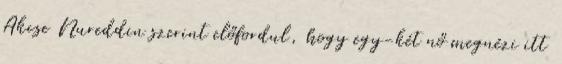
Akcse Nureddin szerint előfordul, hogy egy-két nő megnézi itt